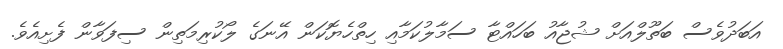
އަބަދުވެސް ބަތޫލްއަށް ޝުޖާއު ބަހައްޓާ ސަމާލުކަމާއި ހިތްހެޔޮކަން އޭނަގެ ލޯކުރިމަތިން ސިފަވާން ފެށިއެވެ.